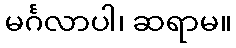
မင်္ဂလာပါ၊ ဆရာမ။